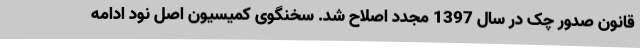
قانون صدور چک در سال 1397 مجدد اصلاح شد. سخنگوی کمیسیون اصل نود ادامه